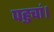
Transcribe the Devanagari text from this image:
पहुचां।